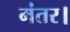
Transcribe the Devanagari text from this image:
मंतर।